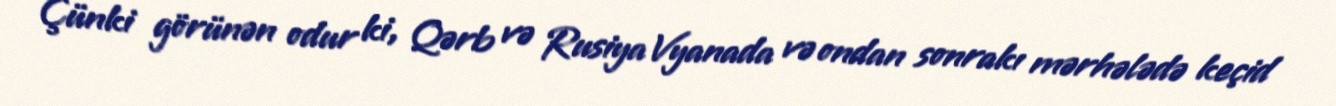
Çünki görünən odur ki, Qərb və Rusiya Vyanada və ondan sonrakı mərhələdə keçid